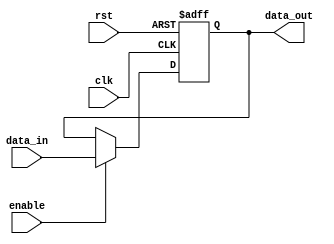
module forwarding_register #(
    parameter DATA_WIDTH = 32  // Parameter for data width
)(
    input wire clk,             // Clock signal
    input wire rst,             // Asynchronous reset signal
    input wire [DATA_WIDTH-1:0] data_in,  // Data input
    input wire enable,          // Enable signal
    output reg [DATA_WIDTH-1:0] data_out   // Data output
);

// Asynchronous reset and update logic
always @(posedge clk or posedge rst) begin
    if (rst) begin
        data_out <= {DATA_WIDTH{1'b0}};  // Clear the register
    end else if (enable) begin
        data_out <= data_in;              // Update register with data_in
    end
    // If not reset and enable is not asserted, retain previous value
end

endmodule